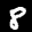
Label: 8